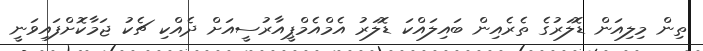
ތިން މިލިއަން ޑޮލަރުގެ ތެރެއިން ބައިލައްކަ ޑޮލަރު އެމްއެމްޕީއާރުސީއަށް ދެއްކި ޗެކު ޖަމާކޮށްފައިވަނީ